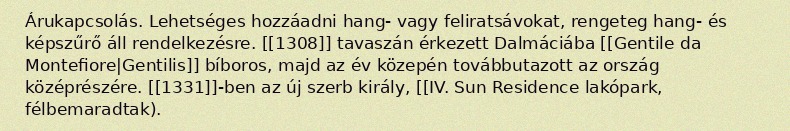
Árukapcsolás. Lehetséges hozzáadni hang- vagy feliratsávokat, rengeteg hang- és képszűrő áll rendelkezésre. [[1308]] tavaszán érkezett Dalmáciába [[Gentile da Montefiore|Gentilis]] bíboros, majd az év közepén továbbutazott az ország középrészére. [[1331]]-ben az új szerb király, [[IV. Sun Residence lakópark, félbemaradtak).